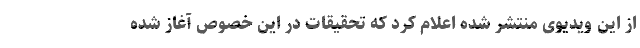
از این ویدیوی منتشر شده اعلام کرد که تحقیقات در این خصوص آغاز شده